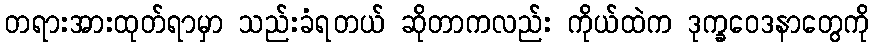
တရားအားထုတ်ရာမှာ သည်းခံရတယ် ဆိုတာကလည်း ကိုယ်ထဲက ဒုက္ခဝေဒနာတွေကို